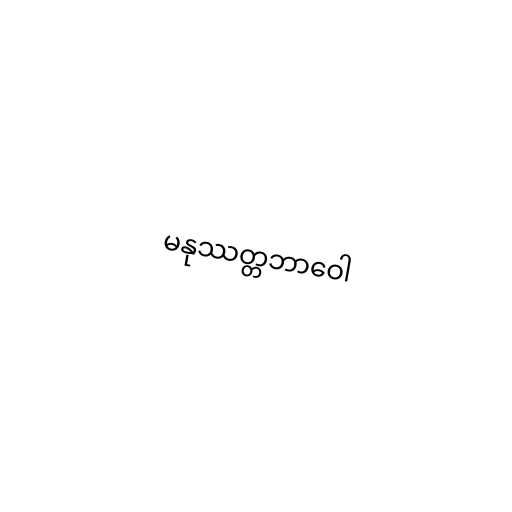
မနုဿတ္တဘာဝေါ